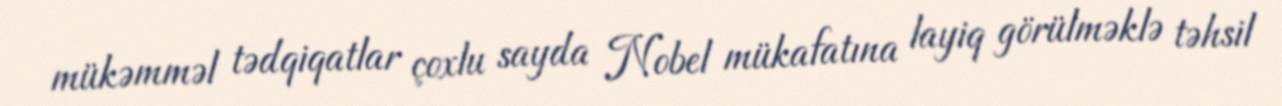
mükəmməl tədqiqatlar çoxlu sayda Nobel mükafatına layiq görülməklə təhsil